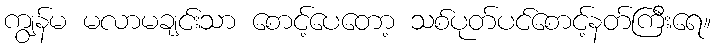
ကျွန်မ မလာမချင်းသာ စောင့်ပေတော့ သစ်ပုတ်ပင်စောင့်နတ်ကြီးရေ။